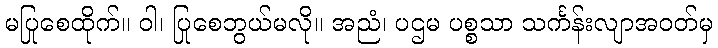
မပြုစေထိုက်။ ဝါ၊ ပြုစေဘွယ်မလို။ အညံ၊ ပဌမ ပစ္စသာ သင်္ကန်းလျာအဝတ်မှ